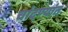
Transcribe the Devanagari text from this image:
चांदण्यांत